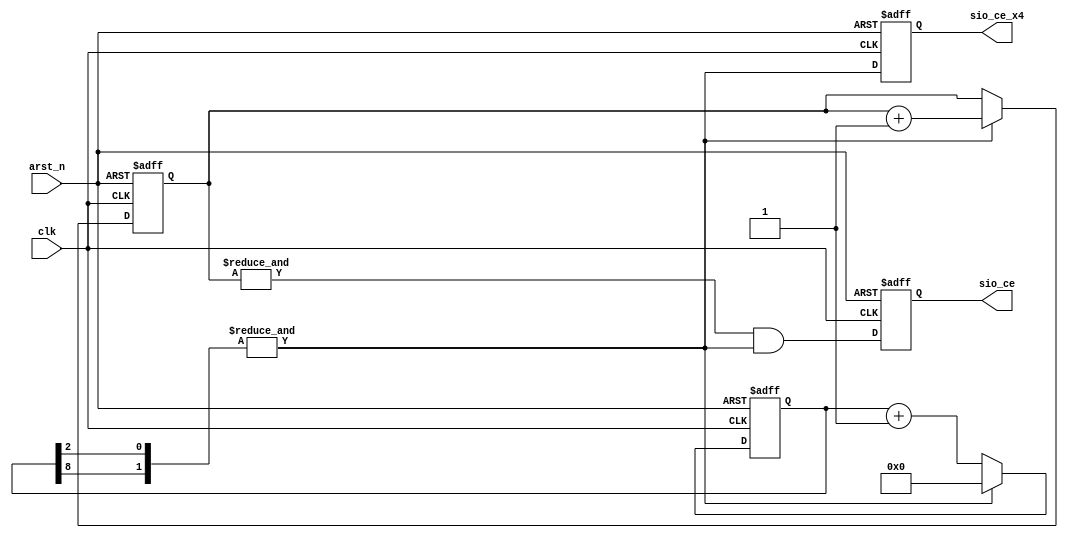
module sasc_brg(/*AUTOARG*/
   // Outputs
   sio_ce, sio_ce_x4,
   // Inputs
   clk, arst_n
   );
   output          sio_ce;      // baud rate
   output          sio_ce_x4;   // baud rate x 4

   input           clk;
   input           arst_n;

   reg             sio_ce;
   reg             sio_ce_x4;
   
   parameter       br_38400_16MHz = 103; // 16e6 / (38400*4) = 104 = 103 + 1
   parameter       br_31250_40MHz = 319; // 40e6 / (31250*4) = 320 = 319 + 1	
   parameter       br_31250_60MHz = 479; // 60e6 / (31250*4) = 480 = 479 + 1
   parameter       br_57600_40MHz = 173; // 40e6 / (57600*4) = 174 = 173 + 1	
   parameter       br_57600_60MHz = 260; // 60e6 / (57600*4) = 261 = 260 + 1	

//`define BRX4pre &{brx4_cntr[6:5],brx4_cntr[2:0]}
//`define BRX4pre &{brx4_cntr[8],brx4_cntr[5:0]}   // 31250 baud rate 40MHz
//`define BRX4pre &{brx4_cntr[7],brx4_cntr[5],brx4_cntr[3:2],brx4_cntr[0]} // 57600 baud rate 40MHz
`define BRX4pre &{brx4_cntr[8],brx4_cntr[2]}   // 57600 baud rate 60MHz

   reg [8:0]       brx4_cntr;
   reg [1:0]       br_cntr;
                   
   always @ (posedge clk or negedge arst_n)
     if (~arst_n)
       brx4_cntr <= 0;
     else if (`BRX4pre)
       brx4_cntr <= 0;
     else
       brx4_cntr <= brx4_cntr + 1'b1;

   always @ (posedge clk or negedge arst_n)
     if (~arst_n)
       br_cntr <= 0;
     else if (`BRX4pre)
       br_cntr <= br_cntr + 1'b1;

   always @ (posedge clk or negedge arst_n)
     if (~arst_n)
       begin
          sio_ce_x4 <= 1'b0;
          sio_ce    <= 1'b0;
       end
     else
       begin
          sio_ce_x4 <= `BRX4pre;
          sio_ce    <= (&br_cntr) & (`BRX4pre);
       end
   
endmodule